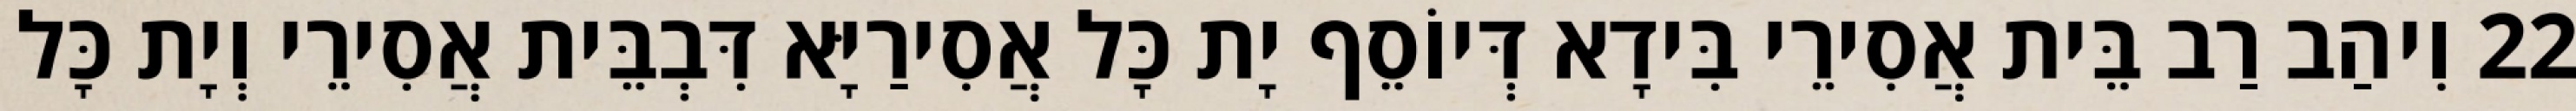
22 וִיהַב רַב בֵּית אֲסִירֵי בִּידָא דְּיוֹסֵף יָת כָּל אֲסִירַיָּא דִּבְבֵּית אֲסִירֵי וְיָת כָּל